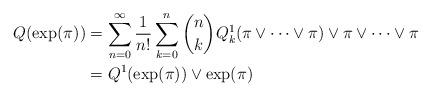
LaTeX: \begin{align*} Q(\exp(\pi))& = \sum_{n=0}^\infty \frac{1}{n!} \sum_{k=0}^n \binom{n}{k} Q_k^1(\pi\vee \cdots \vee \pi)\vee \pi \vee \cdots \vee \pi \\& = Q^1(\exp(\pi))\vee \exp (\pi)\end{align*}